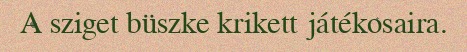
A sziget büszke krikett játékosaira.